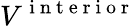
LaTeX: V^{\mathrm{~i~n~t~e~r~i~o~r~}}